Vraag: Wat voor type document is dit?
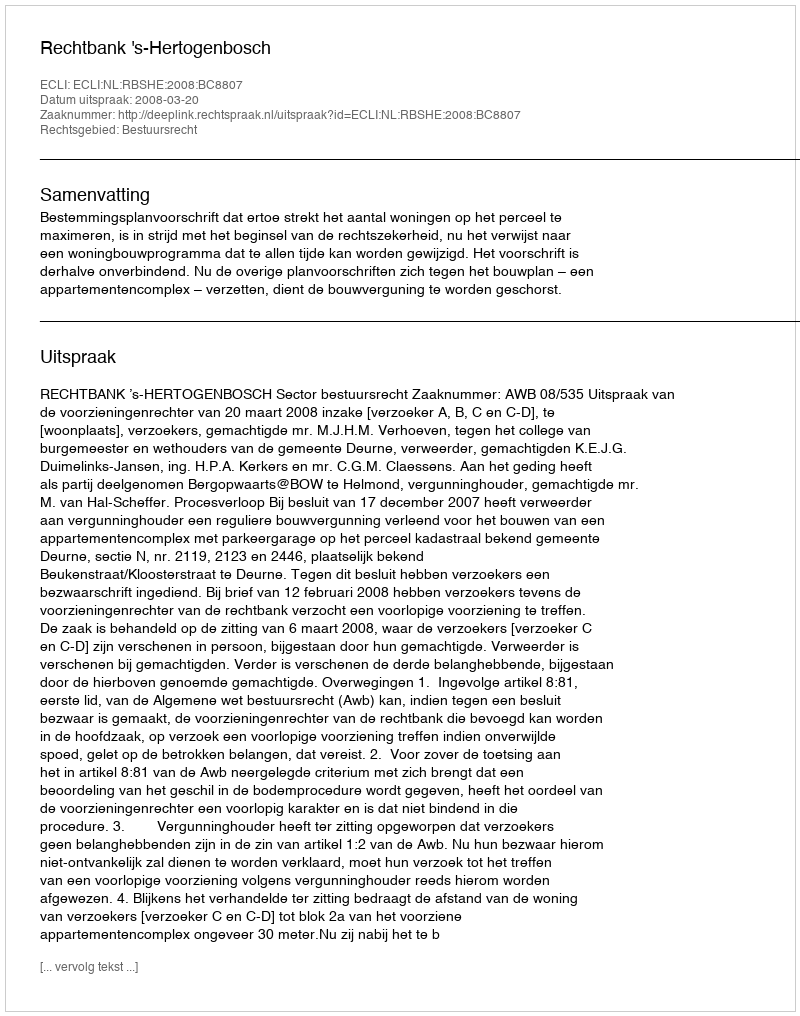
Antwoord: Uitspraak